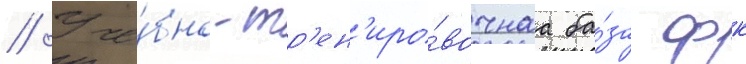
// Уче́бно-тр'ен'иро́вочнаа ба́за фк